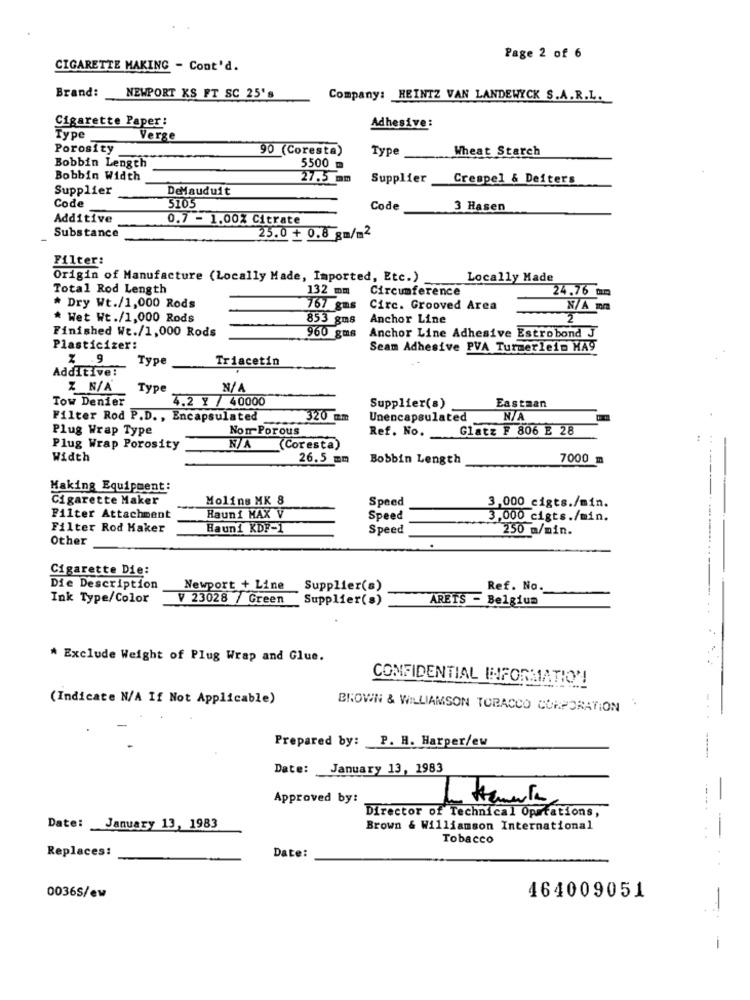
Page 2 of 6
CIGARETTE MAKING - Cont'd.
Brand:
NEWPORT KS FT SC 25's
Company: HEINTZ VAN LANDEWYCK S.A.R.L.
Cigarette Paper:
Adhesive:
Type
Verge
Porosity
90 (Coresta)
Wheat Starch
Bobbin Length
Type
5500 ₥
Bobbin Width
27.5 mm
Supplier
Crespel & Deiters
Supplier
DeMauduit
Code
5105
Code
3 Hasen
Additive
0.7 - 1.00% Citrate
Substance
25.0 + 0.8 gm/m2
Filter:
Origin of Manufacture (Locally Made, Imported, Etc.)
Locally Made
Total Rod Length
132 mm
Circumference
24.76 mm
* Dry Wt./1,000 Rods
767 gms
Circ. Grooved Area
N/A mm
* Wet Wt./1,000 Rods
853 gms
Anchor Line
Finished Wt./1,000 Rods
960 gms
Anchor Line Adhesive Estrobond J
Plasticizer:
Seam Adhesive PVA Turmerlein MA9
% 9
Type
Triacetin
Additive:
Z N/A
Type
Tow Denier
4.2 Y / 40000
Supplier(s)
Eastman
Filter Rod P.D ., Encapsulated
320 mm
Unencapsulated
Plug Wrap Type
Non Porous
Ref. No.
Glatz F 806 E 28
Plug Wrap Porosity
(Coresta)
Width
26.5 mm
Bobbin Length
7000 m
Making Equipment:
Cigarette Maker
Molins MK 8
Speed
3,000 cigts./min.
Filter Attachment
Hauni MAX V
Speed
3.000 cigts./min.
Filter Rod Haker
Haun1 KDF-1
Speed
250 m/min.
Other
Cigarette Die:
Die Description
Newport + Line
Supplier(s)
Ref. No.
Ink Type/Color
V 23028 / Green
Supplier(s)
ARETS - Belgium
* Exclude Weight of Plug Wrap and Glue.
CONFIDENTIAL INFORMATION!
(Indicate N/A If Not Applicable)
BROWN & WILLIAMSON TOBACCO CORPORATION
Prepared by: P. H. Harper/ew
Date: January 13, 1983
Approved by:
Director of Technical Operations,
Date: January 13, 1983
Brown & Williamson International
Tobacco
Replaces:
Date:
0036S/ew
464009051
--